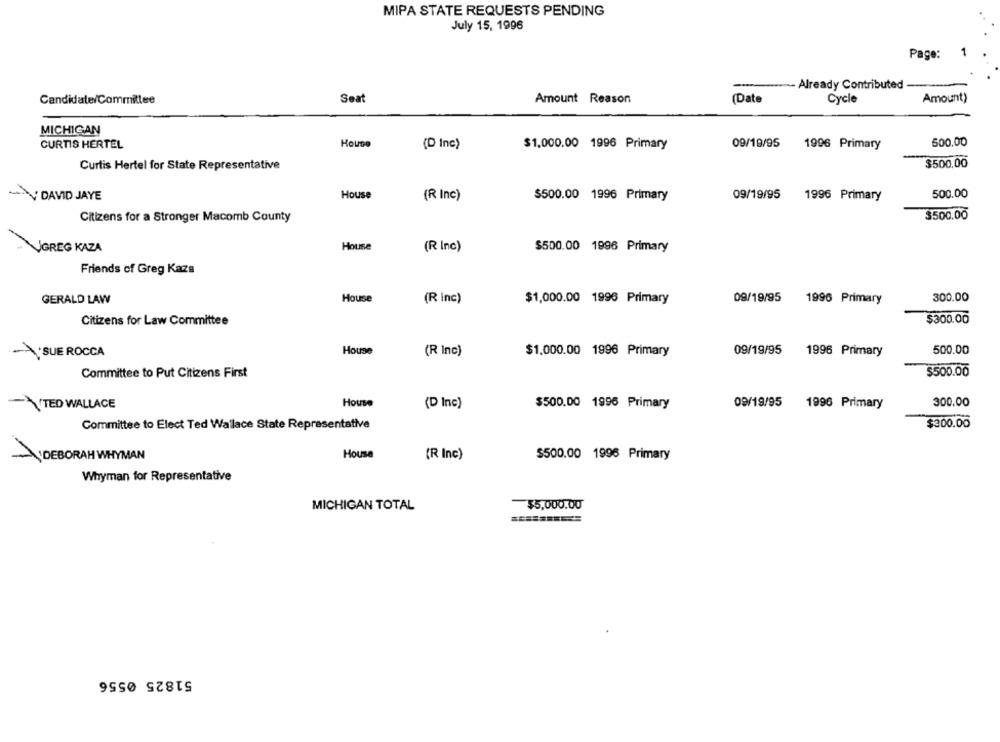
MIPA STATE REQUESTS PENDING
July 15, 1996
Page: 1
- Already Contributed
Candidate/Committee
Seat
Amount Reason
(Date
Cycle
Amount)
MICHIGAN
500.00
CURTIS HERTEL
House
(D Inc)
$1,000.00 1996 Primary
09/19/95
1996 Primary
$500.00
Curtis Hertel for State Representative
500.00
DAVID JAYE
House
(R Inc)
$500.00 1996 Primary
09/19/95
1996 Primary
$500.00
Citizens for a Stronger Macomb County
GREG KAZA
House
(R Inc)
$500.00 1996 Primary
Friends of Greg Kaza
GERALD LAW
House
(R inc)
$1,000.00 1996 Primary
09/19/95
1996 Primary
300.00
$300.00
Citizens for Law Committee
SUE ROCCA
House
(R Inc)
$1,000.00 1996 Primary
09/19/95
1996 Primary
500.00
Committee to Put Citizens First
$500.00
TED WALLACE
House
(D Inc)
$500.00 1996 Primary
09/19/95
1996 Primary
300.00
$300.00
Committee to Elect Ted Wallace State Representative
DEBORAH WHYMAN
House
(R Inc)
$500.00 1996 Primary
Whyman for Representative
$5,000.00
MICHIGAN TOTAL
51825 0556